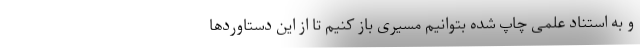
و به استناد علمی چاپ شده بتوانیم مسیری باز کنیم تا از این دستاوردها